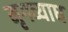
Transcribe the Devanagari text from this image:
मृगव्याध